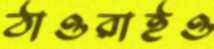
ঠাওরাইও